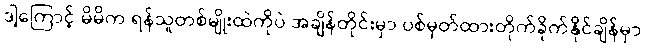
ဒါ့ကြောင့် မိမိက ရန်သူတစ်မျိုးထဲကိုပဲ အချိန်တိုင်းမှာ ပစ်မှတ်ထားတိုက်ခိုက်နိုင်ချိန်မှာ